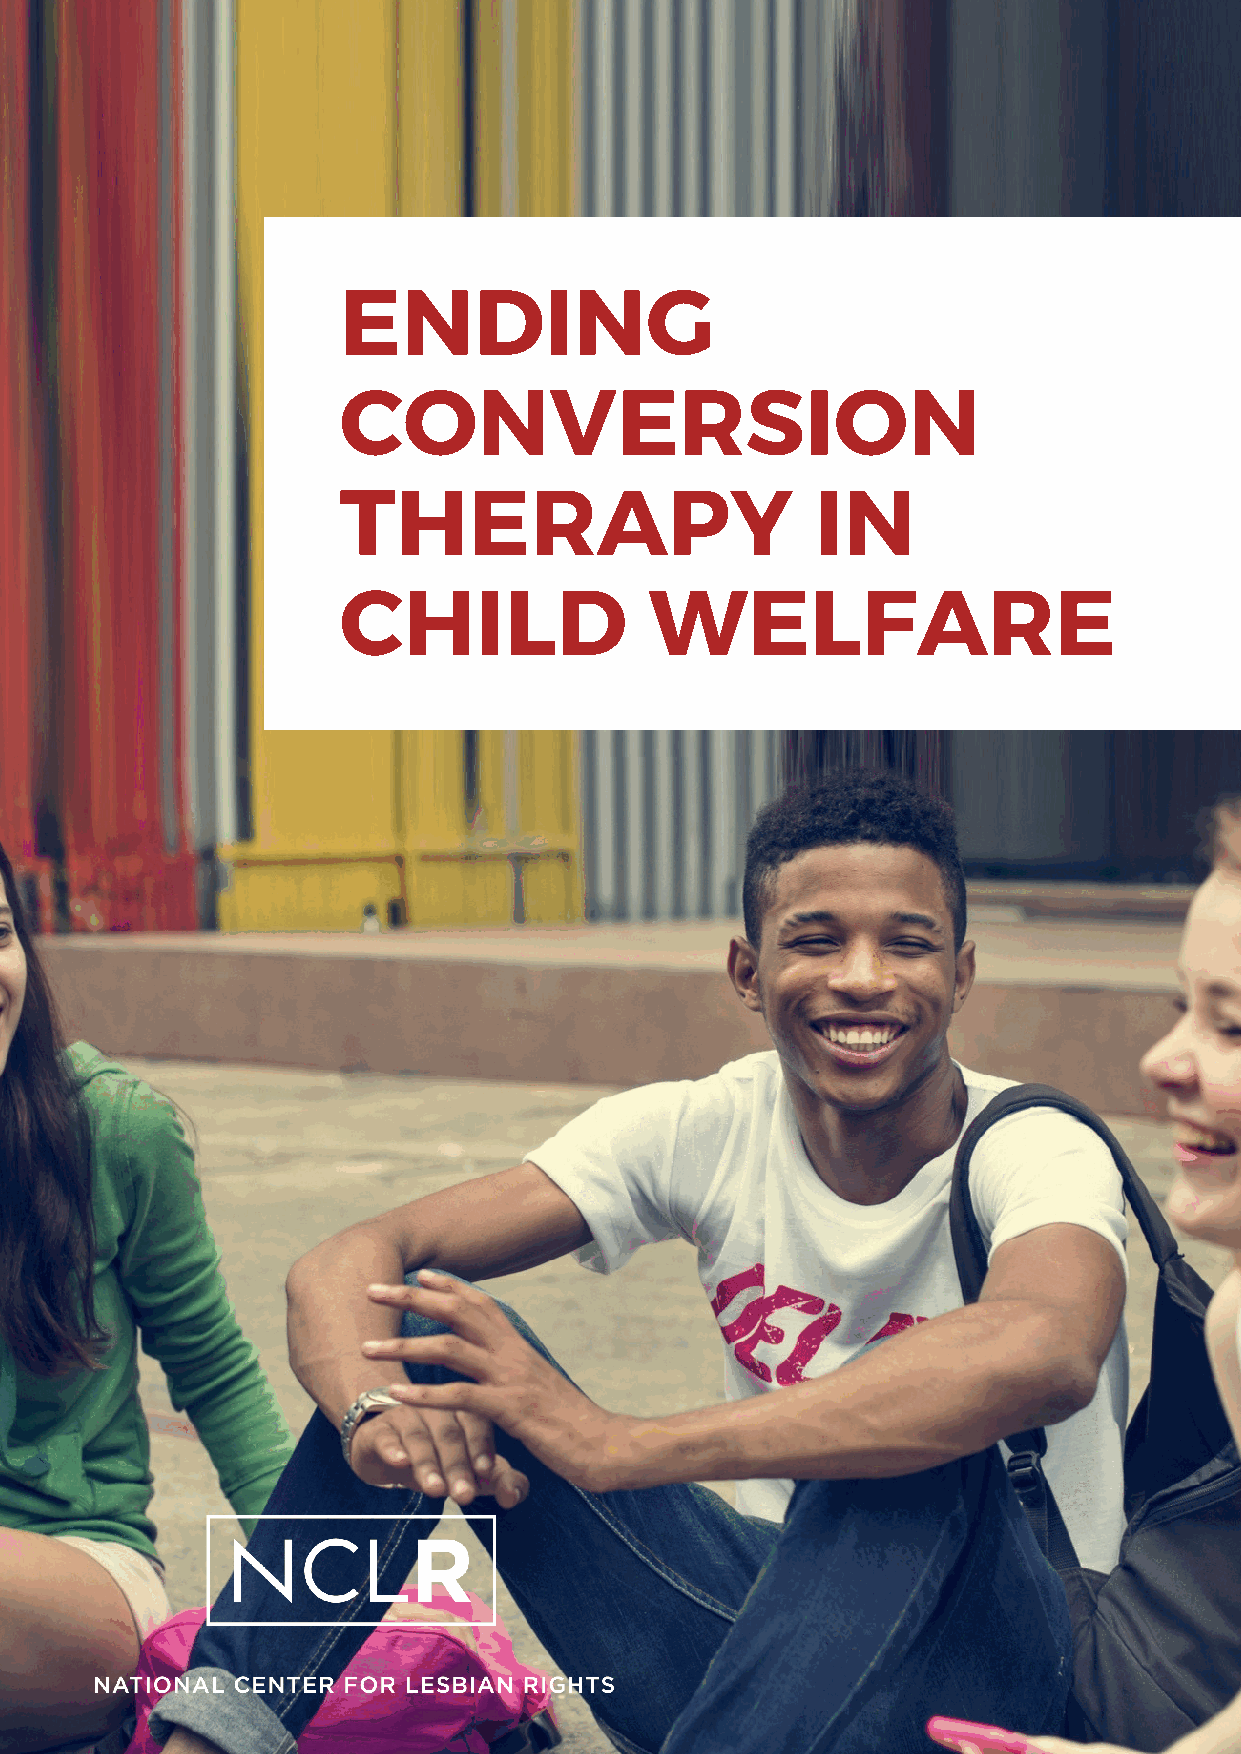
ENDING
 CONVERSION
 THERAPY                         IN
 CHILD                WELFARE